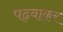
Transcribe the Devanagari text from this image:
पढ़वाकर